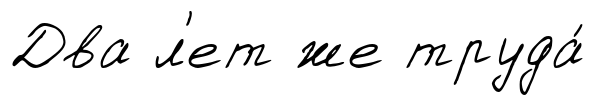
Два л'ет же труда́